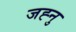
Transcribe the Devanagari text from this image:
जह्नु